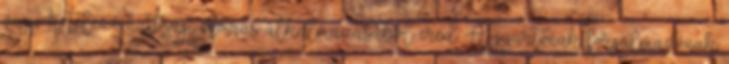
vagy kötelező hatósági előírás alkalmazásából ered. A gyártónak forgalmazónak